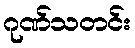
ဂုဏ်သတင်း